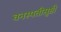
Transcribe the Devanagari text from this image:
वनस्पतीसृष्टी